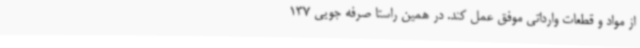
از مواد و قطعات وارداتی موفق عمل کند. در همین راستا صرفه جویی 137